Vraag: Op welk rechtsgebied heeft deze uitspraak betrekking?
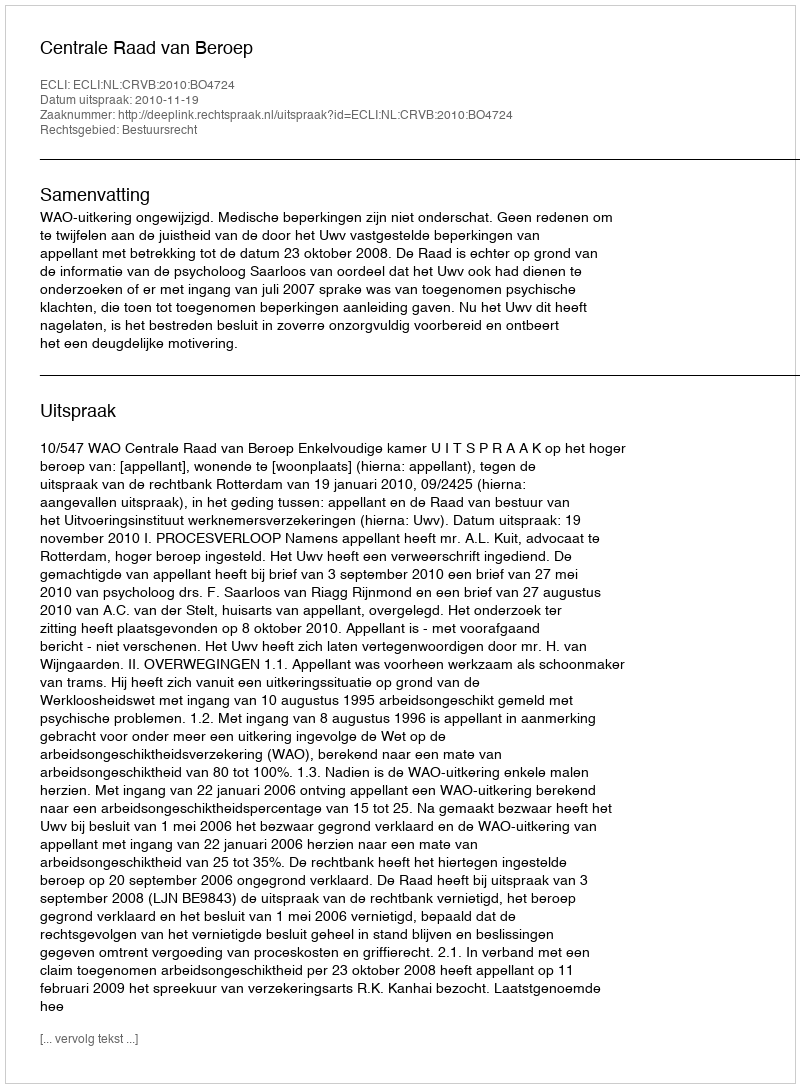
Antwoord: Bestuursrecht